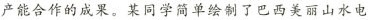
产能合作的成果。某同学简单绘制了巴西美丽山水电